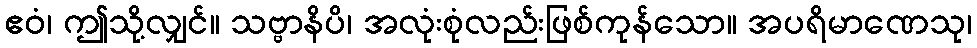
ဧဝံ၊ ဤသို့လျှင်။ သဗ္ဗာနိပိ၊ အလုံးစုံလည်းဖြစ်ကုန်သော။ အပရိမာဏေသု၊